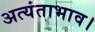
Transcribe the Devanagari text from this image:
अत्यंताभाव।